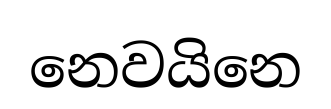
නෙවයිනෙ